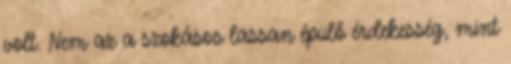
volt. Nem az a szokásos lassan épülő érdekesség, mint